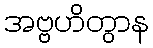
အဗ္ဗဟိတွာန